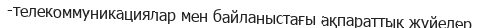
-телекоммуникациялар мен байланыстағы ақпараттық жүйелер